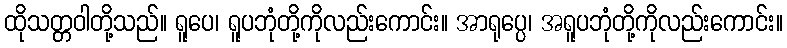
ထိုသတ္တဝါတို့သည်။ ရူပေ၊ ရူပဘုံတို့ကိုလည်းကောင်း။ အာရုပ္ပေ၊ အရူပဘုံတို့ကိုလည်းကောင်း။